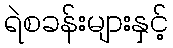
ရဲစခန်းများနှင့်